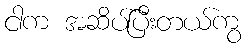
ငါက အဆိပ်ပြီးတယ်ကွ